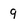
Character: 9